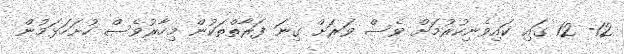
12- 12 ގައި ކައިވެނިކުރުމަށް ވެސް ވަރަށް ގިނަ ފަރާތްތަކުން މިހާރުވެސް ހުށަހަޅަމުން